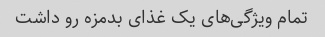
تمام ویژگی‌های یک غذای بدمزه رو داشت